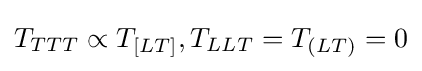
T_{TTT}\propto T_{[LT]},T_{LLT}=T_{(LT)}=0